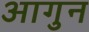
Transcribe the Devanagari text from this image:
आगुन